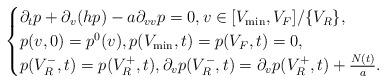
LaTeX: \begin{align*} \begin{cases} \partial_{t}p+\partial_{v}(hp)-a\partial_{v v}p=0,v\in[V_{\min},V_F]/\{V_R\},\\ p(v,0)=p^0(v),p(V_{\min},t)=p(V_F,t)=0,\\ p(V^-_R,t)=p(V^+_R,t),\partial _vp(V^-_R,t)=\partial _vp(V^+_R,t)+\frac{N(t)}{a}.\\ \end{cases}\end{align*}